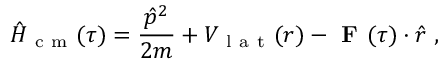
\hat { H } _ { \mathrm { ~ c ~ m ~ } } ( \tau ) = \frac { \hat { p } ^ { 2 } } { 2 m } + V _ { \mathrm { ~ l ~ a ~ t ~ } } ( r ) - \textbf { F } ( \tau ) \cdot \hat { r } ~ ,